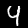
Label: 4